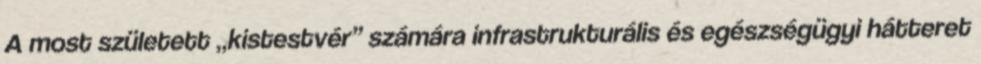
A most született „kistestvér” számára infrastrukturális és egészségügyi hátteret